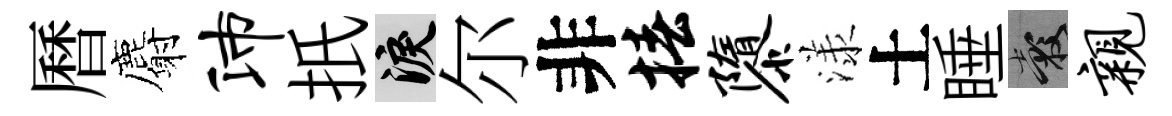
曆麝沛扺泪尔非椿隳漾土睡穀亲